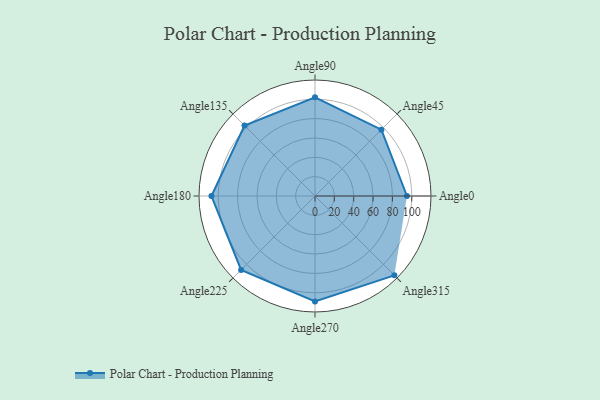
{"axis": {"x": "Angle", "y": "Radius"}, "legend": [""], "data": [{"x": "Angle0", "y": 95.0, "type": ""}, {"x": "Angle45", "y": 97.0, "type": ""}, {"x": "Angle90", "y": 102.0, "type": ""}, {"x": "Angle135", "y": 103.0, "type": ""}, {"x": "Angle180", "y": 107.0, "type": ""}, {"x": "Angle225", "y": 108.0, "type": ""}, {"x": "Angle270", "y": 109.0, "type": ""}, {"x": "Angle315", "y": 116.0, "type": ""}]}